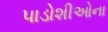
પાડોશીઓના